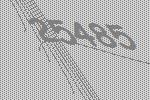
25485